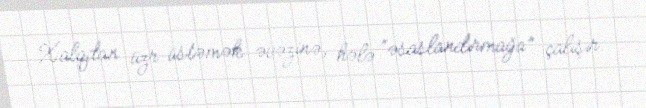
Xalqdan üzr üstəmək əvəzinə, hələ “əsaslandırmağa” çalışır.